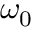
\omega _ { 0 }